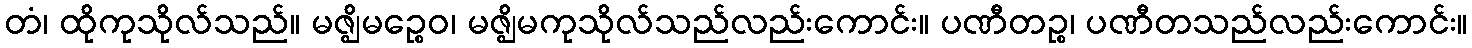
တံ၊ ထိုကုသိုလ်သည်။ မဇ္ဈိမဉ္စေဝ၊ မဇ္ဈိမကုသိုလ်သည်လည်းကောင်း။ ပဏီတဉ္စ၊ ပဏီတသည်လည်းကောင်း။